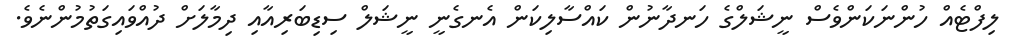
ލިފްޓެއް ހުންނަކަންވެސް ނީޝަލްގެ ހަނދާނުން ކައްސާލިކަން އެނގެނީ ނީޝަލް ސިޑިބަރިއާއި ދިމާލަށް ދުއްވައިގަތުމުންނެވެ.